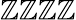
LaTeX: \mathbb{Z}\mathbb{Z}\mathbb{Z}\mathbb{Z}